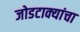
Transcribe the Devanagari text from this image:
जोडटाक्यांचा